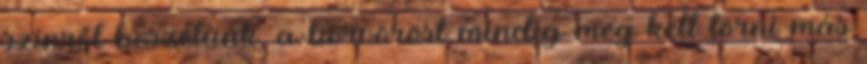
színről beszélünk, a borvöröst mindig meg kell törni más